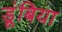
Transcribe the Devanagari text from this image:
डूंबिया